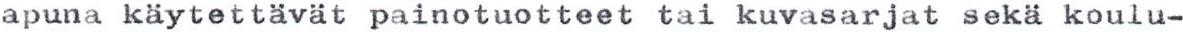
apuna käytettävät painotuotteet tai kuvasarjat sekä koulu-